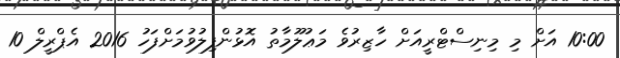
10:00 އަށް މި މިނިސްޓްރީއަށް ހާޒިރުވެ މަޢުލޫމާތު އޮޅުންފިލުވުމަށްފަހު 2016 އެޕްރީލް 10